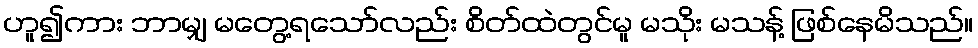
ဟူ၍ကား ဘာမျှ မတွေ့ရသော်လည်း စိတ်ထဲတွင်မူ မသိုး မသန့် ဖြစ်နေမိသည်။